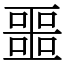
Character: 噩